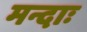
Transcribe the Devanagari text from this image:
मन्दाः